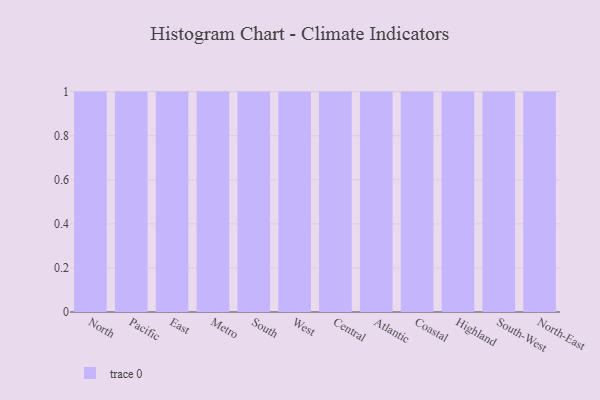
{"axis": {"x": "Region", "y": "Conversion Rate (%)"}, "legend": [""], "data": [{"x": "North", "y": 61, "type": ""}, {"x": "Pacific", "y": 92, "type": ""}, {"x": "East", "y": 8, "type": ""}, {"x": "Metro", "y": 64, "type": ""}, {"x": "South", "y": 55, "type": ""}, {"x": "West", "y": 73, "type": ""}, {"x": "Central", "y": 91, "type": ""}, {"x": "Atlantic", "y": 93, "type": ""}, {"x": "Coastal", "y": 64, "type": ""}, {"x": "Highland", "y": 70, "type": ""}, {"x": "South-West", "y": 68, "type": ""}, {"x": "North-East", "y": 29, "type": ""}]}